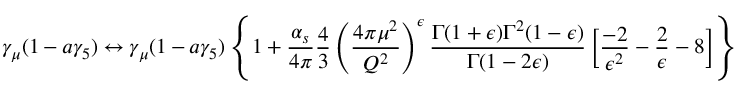
\gamma _ { \mu } ( 1 - a \gamma _ { 5 } ) \leftrightarrow \gamma _ { \mu } ( 1 - a \gamma _ { 5 } ) \left\{ 1 + \frac { \alpha _ { s } } { 4 \pi } \frac { 4 } { 3 } \left( \frac { 4 \pi \mu ^ { 2 } } { Q ^ { 2 } } \right) ^ { \epsilon } \frac { \Gamma ( 1 + \epsilon ) \Gamma ^ { 2 } ( 1 - \epsilon ) } { \Gamma ( 1 - 2 \epsilon ) } \left[ \frac { - 2 } { \epsilon ^ { 2 } } - \frac { 2 } { \epsilon } - 8 \right] \right\}